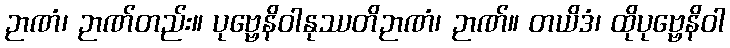
ဉာဏံ၊ ဉာဏ်တည်း။ ပုဗ္ဗေနိဝါနုဿတိဉာဏံ၊ ဉာဏ်။ တယိဒံ၊ ထိုပုဗ္ဗေနိဝါ